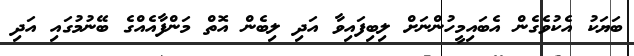
ބަޔަކު އެކުވެގެން އެބައިމީހުންނަށް ލިބިފައިވާ އަދި ލިބެން އޮތް މަންފާއެއްގެ ބޭނުމުގައި އަދި